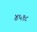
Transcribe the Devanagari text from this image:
४५१८